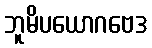
ဘူမိပယောဂဗေဒ